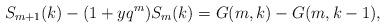
LaTeX: \begin{align*}S_{m+1}(k)-(1+yq^{m})S_{m}(k)=G(m,k)-G(m,k-1),\end{align*}